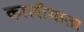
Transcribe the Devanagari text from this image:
कालीमाता